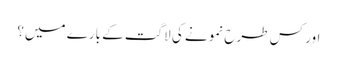
اور کس طرح نمونے کی لاگت کے بارے میں؟